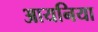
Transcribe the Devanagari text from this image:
आयनिया